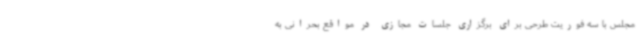
مجلس با سه فوریت طرحی برای برگزاری جلسات مجازی در مواقع بحرانی به